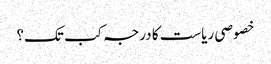
خصوصی ریاست کا درجہ کب تک؟